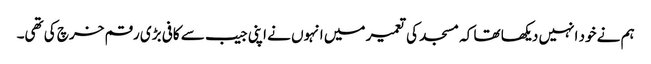
ہم نے خود انہیں دیکھا تھا کہ مسجد کی تعمیر میں انہوں نے اپنی جیب سے کافی بڑی رقم خرچ کی تھی۔